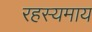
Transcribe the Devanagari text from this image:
रहस्यमाय